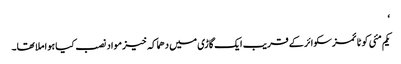
‘
یکم مئی کو ٹائمزسکوائر کے قریب ایک گاڑی میں دھماکہ خیز مواد نصب کیا ہوا ملا تھا۔